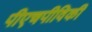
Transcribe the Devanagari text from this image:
पीएचपीविकी